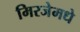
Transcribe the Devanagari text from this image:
मिरजेमधे